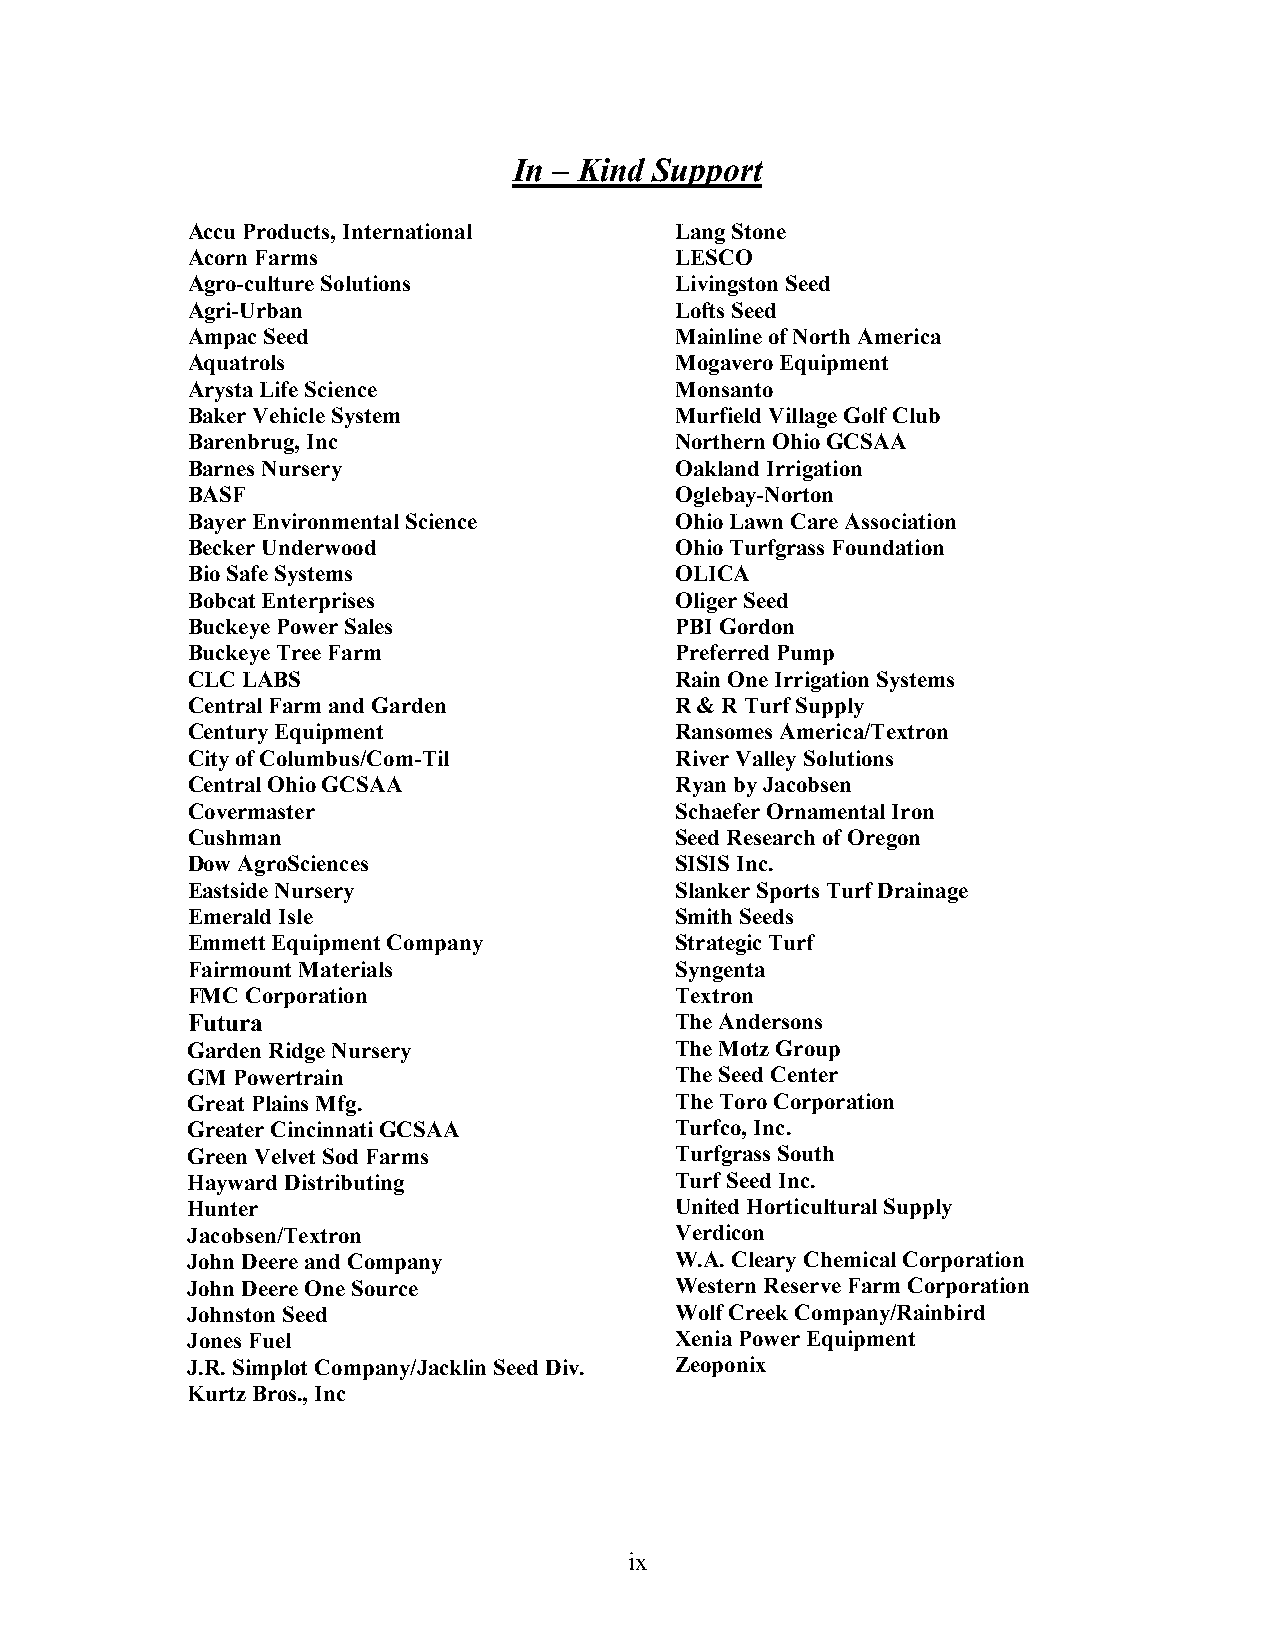
In – Kind Support
 Accu Products, International     Lang Stone
 Acorn Farms                      LESCO
 Agro-culture Solutions           Livingston Seed
 Agri-Urban                       Lofts Seed
 Ampac Seed                       Mainline of North America
 Aquatrols                        Mogavero Equipment
 Arysta Life Science              Monsanto
 Baker Vehicle System             Murfield Village Golf Club
 Barenbrug, Inc                   Northern Ohio GCSAA
 Barnes Nursery                   Oakland Irrigation
 BASF                             Oglebay-Norton
 Bayer Environmental Science      Ohio Lawn Care Association
 Becker Underwood                 Ohio Turfgrass Foundation
 Bio Safe Systems                 OLICA
 Bobcat Enterprises               Oliger Seed
 Buckeye Power Sales              PBI Gordon
 Buckeye Tree Farm                Preferred Pump
 CLC LABS                         Rain One Irrigation Systems
 Central Farm and Garden          R & R Turf Supply
 Century Equipment                Ransomes America/Textron
 City of Columbus/Com-Til         River Valley Solutions
 Central Ohio GCSAA               Ryan by Jacobsen
 Covermaster                      Schaefer Ornamental Iron
 Cushman                          Seed Research of Oregon
 Dow AgroSciences                 SISIS Inc.
 Eastside Nursery                 Slanker Sports Turf Drainage
 Emerald Isle                     Smith Seeds
 Emmett Equipment Company         Strategic Turf
 Fairmount Materials              Syngenta
 FMC Corporation                  Textron
 Futura                           The Andersons
 Garden Ridge Nursery             The Motz Group
 GM Powertrain                    The Seed Center
 Great Plains Mfg.                The Toro Corporation
 Greater Cincinnati GCSAA         Turfco, Inc.
 Green Velvet Sod Farms           Turfgrass South
 Hayward Distributing             Turf Seed Inc.
 Hunter                           United Horticultural Supply
 Jacobsen/Textron                 Verdicon
 John Deere and Company           W.A. Cleary Chemical Corporation
 John Deere One Source            Western Reserve Farm Corporation
 Johnston Seed                    Wolf Creek Company/Rainbird
 Jones Fuel                       Xenia Power Equipment
 J.R. Simplot Company/Jacklin Seed Div. Zeoponix
 Kurtz Bros., Inc
 ix